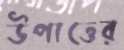
উপাত্তের